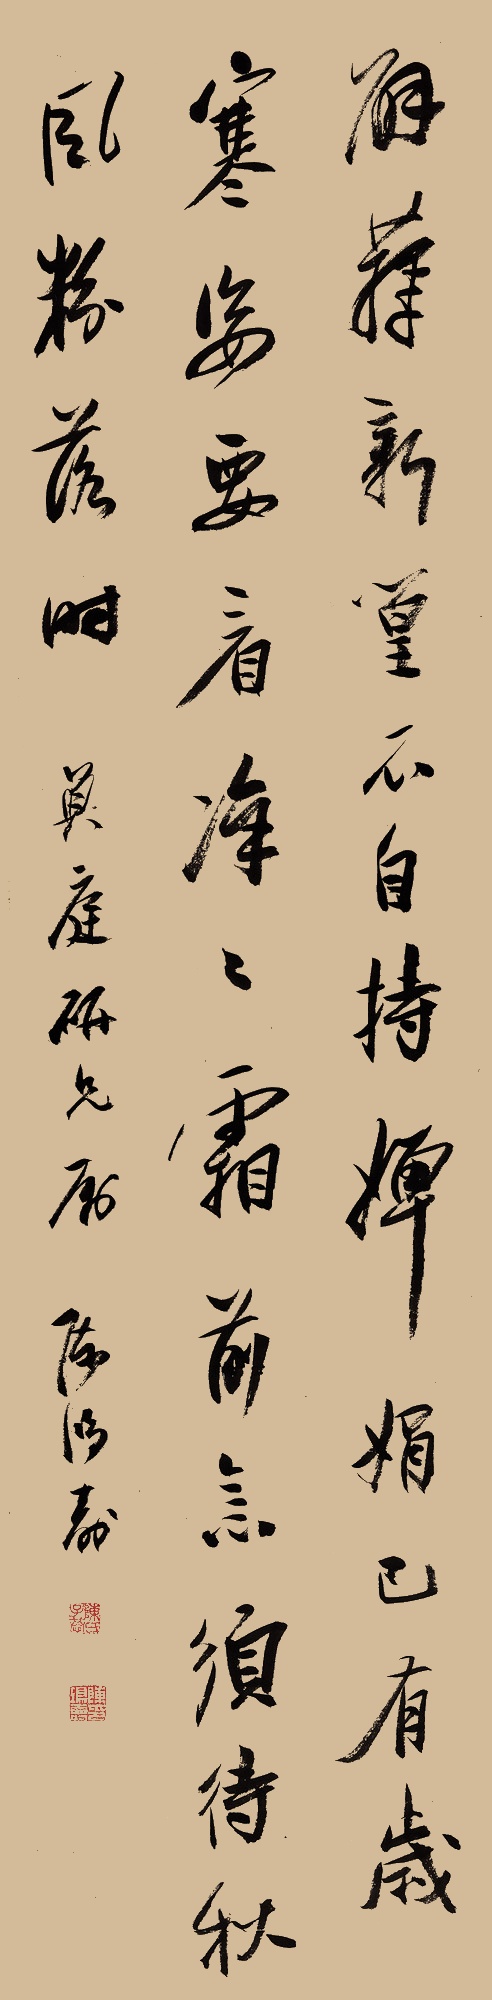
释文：解箨新篁不自持，婵娟已有岁寒姿。要看凛凛霜前意，须待秋风粉落时。负庭研兄属。陈鸿寿。